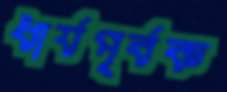
ধার্যপূর্বক